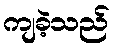
ကျခဲ့သည်